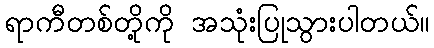
ရာကီတစ်တို့ကို အသုံးပြုသွားပါတယ်။